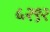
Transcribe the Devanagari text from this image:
५२९२